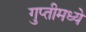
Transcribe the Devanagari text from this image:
गुप्तीमध्ये